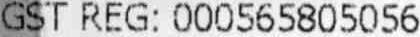
GST REG: 000565805056